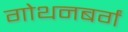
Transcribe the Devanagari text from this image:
गोथनबर्गं